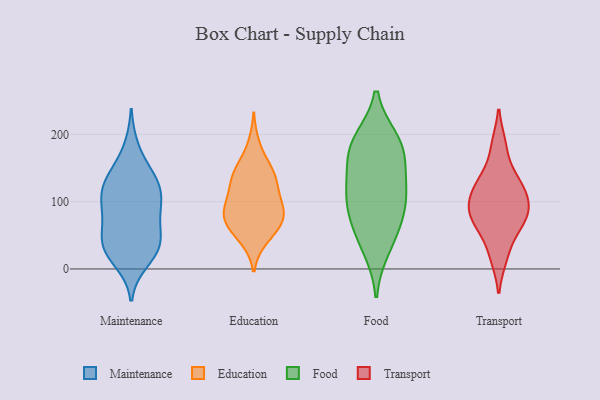
{"axis": {"x": "Active Users", "y": "Value"}, "legend": ["Education", "Food", "Maintenance", "Transport"], "data": [{"x": "", "y": 35, "type": "Maintenance"}, {"x": "", "y": 91, "type": "Maintenance"}, {"x": "", "y": 38, "type": "Maintenance"}, {"x": "", "y": 24, "type": "Maintenance"}, {"x": "", "y": 140, "type": "Maintenance"}, {"x": "", "y": 123, "type": "Maintenance"}, {"x": "", "y": 12, "type": "Maintenance"}, {"x": "", "y": 59, "type": "Maintenance"}, {"x": "", "y": 113, "type": "Maintenance"}, {"x": "", "y": 179, "type": "Maintenance"}, {"x": "", "y": 99, "type": "Maintenance"}, {"x": "", "y": 37, "type": "Maintenance"}, {"x": "", "y": 76, "type": "Maintenance"}, {"x": "", "y": 131, "type": "Maintenance"}, {"x": "", "y": 134, "type": "Maintenance"}, {"x": "", "y": 93, "type": "Maintenance"}, {"x": "", "y": 35, "type": "Maintenance"}, {"x": "", "y": 152, "type": "Education"}, {"x": "", "y": 77, "type": "Education"}, {"x": "", "y": 150, "type": "Education"}, {"x": "", "y": 64, "type": "Education"}, {"x": "", "y": 120, "type": "Education"}, {"x": "", "y": 133, "type": "Education"}, {"x": "", "y": 109, "type": "Education"}, {"x": "", "y": 89, "type": "Education"}, {"x": "", "y": 71, "type": "Education"}, {"x": "", "y": 132, "type": "Education"}, {"x": "", "y": 74, "type": "Education"}, {"x": "", "y": 144, "type": "Education"}, {"x": "", "y": 45, "type": "Education"}, {"x": "", "y": 92, "type": "Education"}, {"x": "", "y": 43, "type": "Education"}, {"x": "", "y": 67, "type": "Education"}, {"x": "", "y": 105, "type": "Education"}, {"x": "", "y": 186, "type": "Education"}, {"x": "", "y": 85, "type": "Education"}, {"x": "", "y": 191, "type": "Food"}, {"x": "", "y": 54, "type": "Food"}, {"x": "", "y": 106, "type": "Food"}, {"x": "", "y": 97, "type": "Food"}, {"x": "", "y": 73, "type": "Food"}, {"x": "", "y": 116, "type": "Food"}, {"x": "", "y": 133, "type": "Food"}, {"x": "", "y": 31, "type": "Food"}, {"x": "", "y": 173, "type": "Food"}, {"x": "", "y": 171, "type": "Food"}, {"x": "", "y": 189, "type": "Food"}, {"x": "", "y": 16, "type": "Transport"}, {"x": "", "y": 52, "type": "Transport"}, {"x": "", "y": 103, "type": "Transport"}, {"x": "", "y": 138, "type": "Transport"}, {"x": "", "y": 85, "type": "Transport"}, {"x": "", "y": 185, "type": "Transport"}, {"x": "", "y": 75, "type": "Transport"}, {"x": "", "y": 127, "type": "Transport"}, {"x": "", "y": 110, "type": "Transport"}, {"x": "", "y": 78, "type": "Transport"}]}